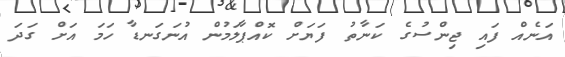
އަނެއް ފައި ޖިންސުގެ ކަނާތު ފަޔަށް ކޮއްޕާލަމުން އުނަގަނޑާ ހަމަ އަށް ގަދަ